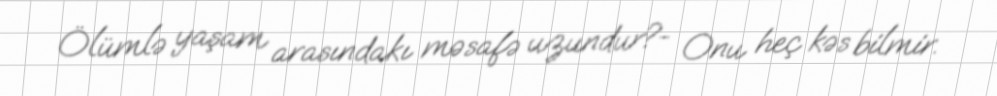
Ölümlə yaşam arasındakı məsafə uzundur?- Onu heç kəs bilmir.